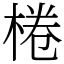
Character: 棬